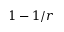
1 - 1 / r